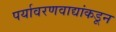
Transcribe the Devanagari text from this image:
पर्यावरणवाद्यांकडून